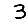
Digit: 3